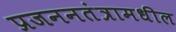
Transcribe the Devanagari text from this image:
प्रजननतंत्रामधील